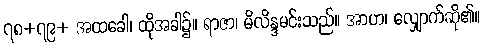
၇၈+၇၉+ အထခေါ၊ ထိုအခါ၌။ ရာဇာ၊ မိလိန္ဒမင်းသည်။ အာဟ၊ လျှောက်ဆို၏။